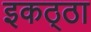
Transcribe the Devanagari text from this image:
इकठ्‍ठा